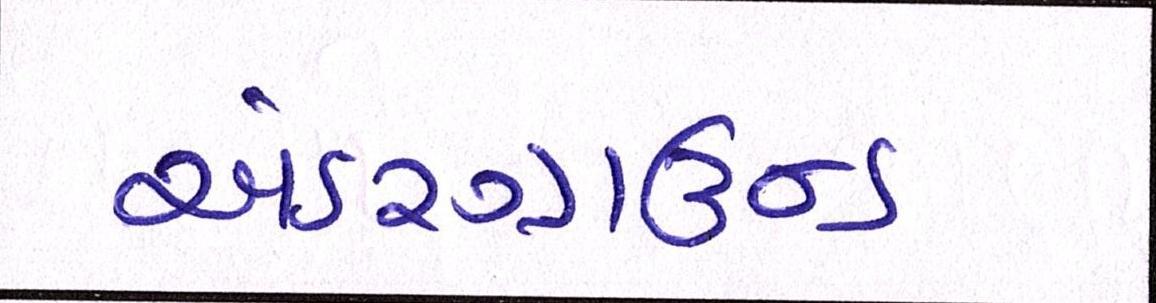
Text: અંડરગ્રાઉન્ડ